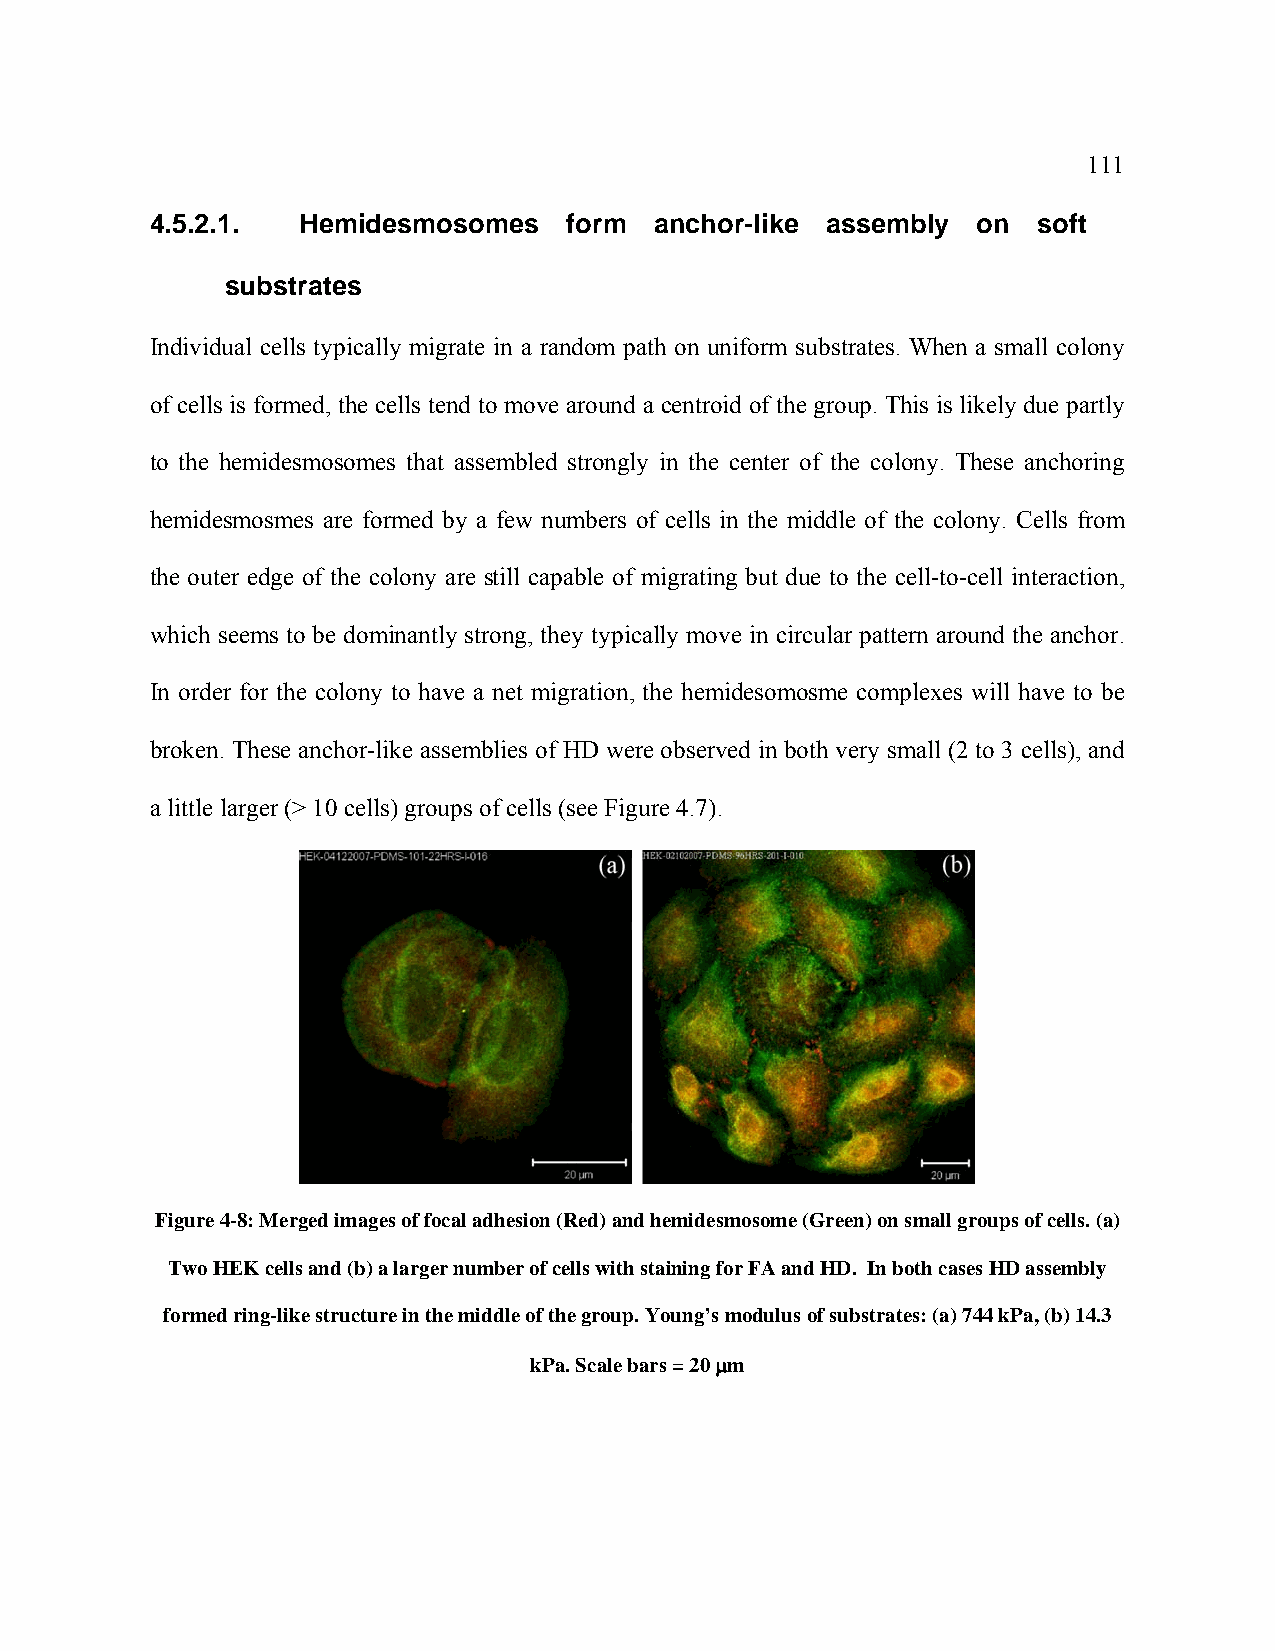
111
 4.5.2.1.  Hemidesmosomes    form anchor-like assembly  on  soft
 substrates
 Individual cells typically migrate in a random path on uniform substrates. When a small colony
 of cells is formed, the cells tend to move around a centroid of the group. This is likely due partly
 to the hemidesmosomes that assembled strongly in the center of the colony. These anchoring
 hemidesmosmes are formed by a few numbers of cells in the middle of the colony. Cells from
 the outer edge of the colony are still capable of migrating but due to the cell-to-cell interaction,
 which seems to be dominantly strong, they typically move in circular pattern around the anchor.
 In order for the colony to have a net migration, the hemidesomosme complexes will have to be
 broken. These anchor-like assemblies of HD were observed in both very small (2 to 3 cells), and
 a little larger (> 10 cells) groups of cells (see Figure 4.7).
 Figure 4-8: Merged images of focal adhesion (Red) and hemidesmosome (Green) on small groups of cells. (a)
 Two HEK cells and (b) a larger number of cells with staining for FA and HD. In both cases HD assembly
 formed ring-like structure in the middle of the group. Young’s modulus of substrates: (a) 744 kPa, (b) 14.3
 kPa. Scale bars = 20 μm